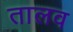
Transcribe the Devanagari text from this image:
तालव